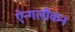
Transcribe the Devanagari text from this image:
ऐन्गलीकन